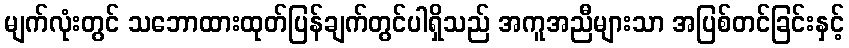
မျက်လုံးတွင် သဘောထားထုတ်ပြန်ချက်တွင်ပါရှိသည် အကူအညီများသာ အပြစ်တင်ခြင်းနှင့်